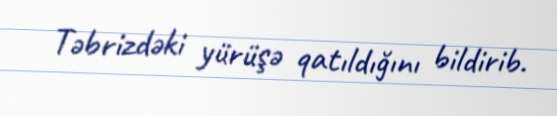
Təbrizdəki yürüşə qatıldığını bildirib.